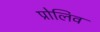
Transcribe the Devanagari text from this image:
प्रोलिव